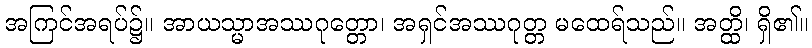
အကြင်အရပ်၌။ အာယသ္မာအဿဂုတ္တော၊ အရှင်အဿဂုတ္တ မထေရ်သည်။ အတ္ထိ၊ ရှိ၏။